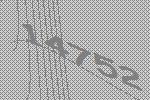
14752